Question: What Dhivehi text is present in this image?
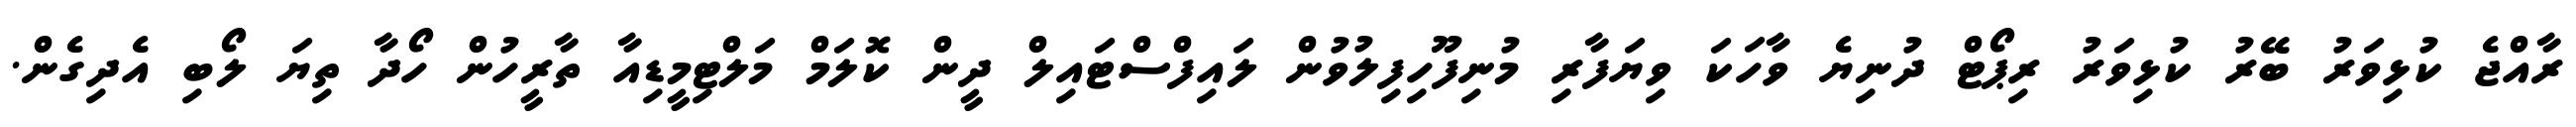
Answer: ރާއްޖެ ކުޅިވަރު ބޭރު ކުޅިވަރު ރިޕޯޓް ދުނިޔެ ވާހަކަ ވިޔަފާރި މުނިފޫހިފިލުވުން ލައިފްސްޓައިލް ދީން ކޮލަމް މަލްޓިމީޑިއާ ތާރީހުން ހޯދާ ތިޔަ ލޯބި އެދިގެން.